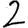
Digit: 2